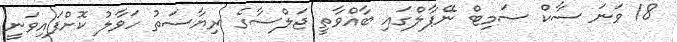
18 ވަނަ ސާކް ސަމިޓް ނޭޕާލްގައި ބާއްވާތީ ޖަލްސާގެ ރިޔާސަތު ހަވާލު ކޮށްފައިވަނީ